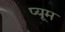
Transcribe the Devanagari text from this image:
प्यूम